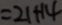
= 2 1 + 1 4